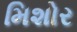
મિશોર